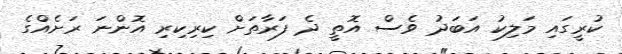
ކުރީގައި މަލިކު އަބަދު ވެސް އޮތީ ދެ ފަރާތަށް ކިރިކިރި އޮންނަ ރަށެއްގެ